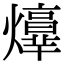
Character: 𤑴